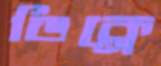
ডিক্লে